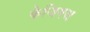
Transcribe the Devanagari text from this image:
केजियस